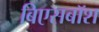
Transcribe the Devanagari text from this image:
बिएसबॉश